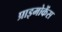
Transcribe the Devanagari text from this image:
प्राइमोकेंस